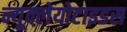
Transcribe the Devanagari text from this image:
न्यूक्लेयोटाइडस